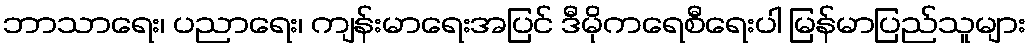
ဘာသာရေး၊ ပညာရေး၊ ကျန်းမာရေးအပြင် ဒီမိုကရေစီရေးပါ မြန်မာပြည်သူများ